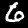
Digit: 6